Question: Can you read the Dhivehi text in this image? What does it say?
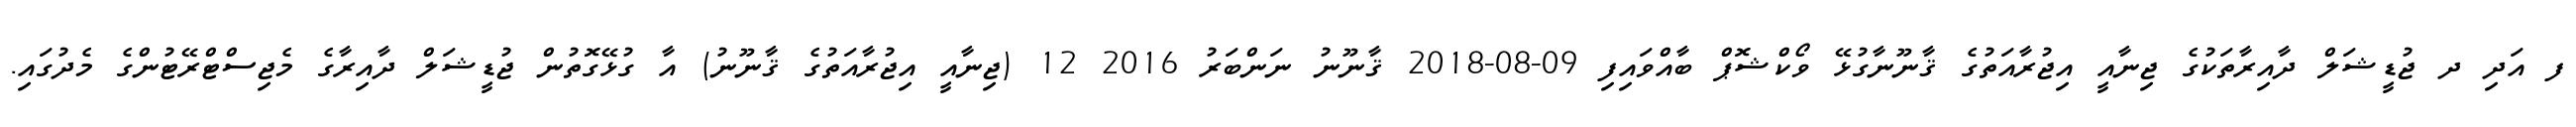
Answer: ފ އަދި ދ ޖުޑީޝަލް ދާއިރާތަކުގެ ޖިނާއީ އިޖުރާއަތުގެ ޤާނޫނާގުޅޭ ވޯކްޝޮޕް ބާއްވައިފި 09-08-2018 ޤާނޫނު ނަންބަރު 2016 12 (ޖިނާއީ އިޖުރާއަތުގެ ޤާނޫނު) އާ ގުޅޭގޮތުން ޖުޑީޝަލް ދާއިރާގެ މެޖިސްޓްރޭޓުންގެ މެދުގައި.